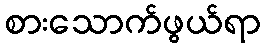
စားသောက်ဖွယ်ရာ